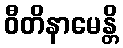
ဝီတိနာမေန္တိ